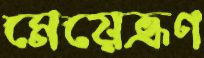
মেয়েভ্রূণ